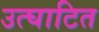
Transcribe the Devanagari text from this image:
उत्घाटित